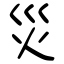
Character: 災